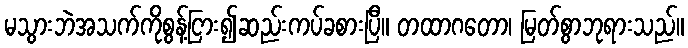
မသွားဘဲအသက်ကိုစွန့်ငြား၍ဆည်းကပ်ခစားပြီ။ တထာဂတော၊ မြတ်စွာဘုရားသည်။